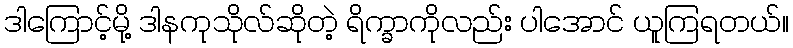
ဒါကြောင့်မို့ ဒါနကုသိုလ်ဆိုတဲ့ ရိက္ခာကိုလည်း ပါအောင် ယူကြရတယ်။